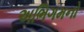
અભિગમનો